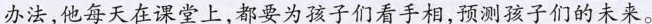
办法，他每天在课堂上，都要为孩子们看手相，预测孩子们的未来。